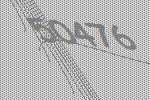
50476